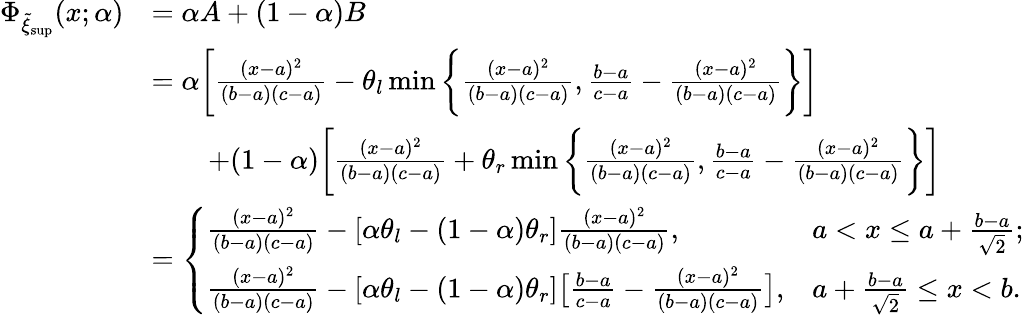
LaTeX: \begin{array}{rl}{\Phi_{\tilde{\xi}_{\operatorname*{sup}}}(x;\alpha)}&{=\alpha A+(1-\alpha)B}\\ &{=\alpha\bigg[\frac{(x-a)^{2}}{(b-a)(c-a)}-\theta_{l}\operatorname*{min}\bigg\{ \frac{(x-a)^{2}}{(b-a)(c-a)},\frac{b-a}{c-a}-\frac{(x-a)^{2}}{(b-a)(c-a)}\bigg\} \bigg]}\\ &{\qquad+(1-\alpha)\bigg[\frac{(x-a)^{2}}{(b-a)(c-a)}+\theta_{r}\operatorname*{min}\bigg\{ \frac{(x-a)^{2}}{(b-a)(c-a)},\frac{b-a}{c-a}-\frac{(x-a)^{2}}{(b-a)(c-a)}\bigg\} \bigg]}\\ &{=\left\{ \begin{array}{ll}{\frac{(x-a)^{2}}{(b-a)(c-a)}-[\alpha\theta_{l}-(1-\alpha)\theta_{r}]\frac{(x-a)^{2}}{(b-a)(c-a)},}&{a<x\leq a+\frac{b-a}{\sqrt{2}};}\\ {\frac{(x-a)^{2}}{(b-a)(c-a)}-[\alpha\theta_{l}-(1-\alpha)\theta_{r}]\big[\frac{b-a}{c-a}-\frac{(x-a)^{2}}{(b-a)(c-a)}\big],}&{a+\frac{b-a}{\sqrt{2}}\leq x<b.}\end{array}\right.}\end{array}